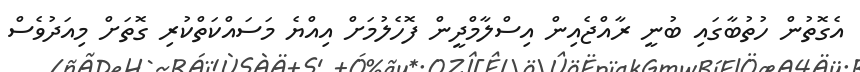
އެގޮތުން ހުތުބާގައި ބުނީ ރާއްޖެއިން އިސްލާމްދީން ފޮހެލުމަށް އިއްޔެ މަސައްކަތްކުރި ގޮތަށް މިއަދުވެސް